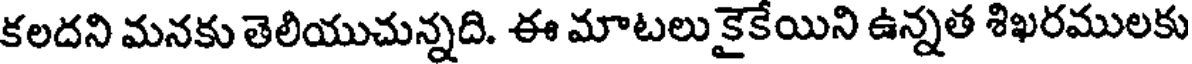
కలదని మనకు తెలియుచున్నది. ఈ మాటలు కైకేయిని ఉన్నత శిఖరములకు